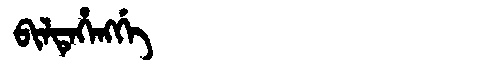
Manchu: ᠪᡳᠯᡨᡝᡥᡝᠩᡤᡝ
Romanization: BILTEHENGGE